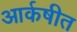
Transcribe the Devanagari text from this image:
आर्कषीत